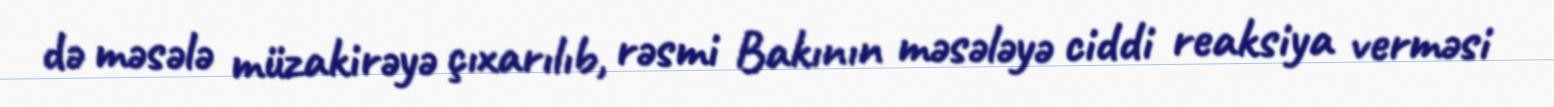
də məsələ müzakirəyə çıxarılıb, rəsmi Bakının məsələyə ciddi reaksiya verməsi